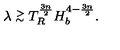
\lambda \stackrel { > } { _ \sim } T _ { R } ^ { \frac { 3 n } { 2 } } H _ { b } ^ { 4 - \frac { 3 n } { 2 } } .